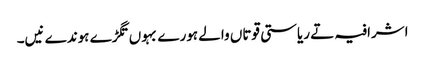
اشرافیہ تے ریاستی قوتاں والے ہورے بہوں تگڑے ہوندے نیں۔